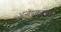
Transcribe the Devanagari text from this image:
अन्वेषणसंस्था